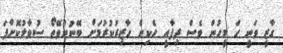
ގާޒީ ވަނީ ހަ މީހުން ވެސް ދިފާއީ ހެކިން ހާޒިރުކުރުމަށް ބޭނުންވޭތޯ ސުވާލުކޮށްފަ